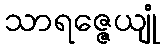
သာရဇ္ဇေယျုံ